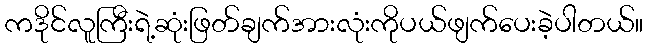
ကဒိုင်လူကြီးရဲ့ဆုံးဖြတ်ချက်အားလုံးကိုပယ်ဖျက်ပေးခဲ့ပါတယ်။